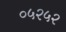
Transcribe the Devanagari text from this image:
०५२५२